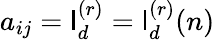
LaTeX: a_{ij}=\mathsf{l}_{d}^{(r)}=\mathsf{l}_{d}^{(r)}(n)